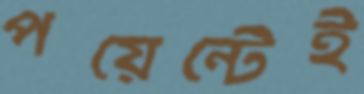
পয়েন্টেই